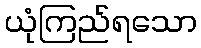
ယုံကြည်ရသော